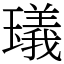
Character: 𤩺